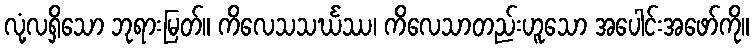
လုံ့လရှိသော ဘုရားမြတ်။ ကိလေသသင်္ဃဿ၊ ကိလေသာတည်းဟူသော အပေါင်းအဖော်ကို။